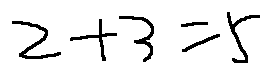
2 + 3 = 5